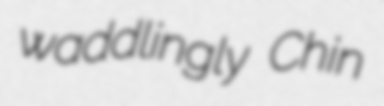
waddlingly Chin